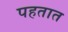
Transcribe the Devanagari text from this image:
पहतात